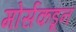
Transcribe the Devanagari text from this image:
मोर्सकडून